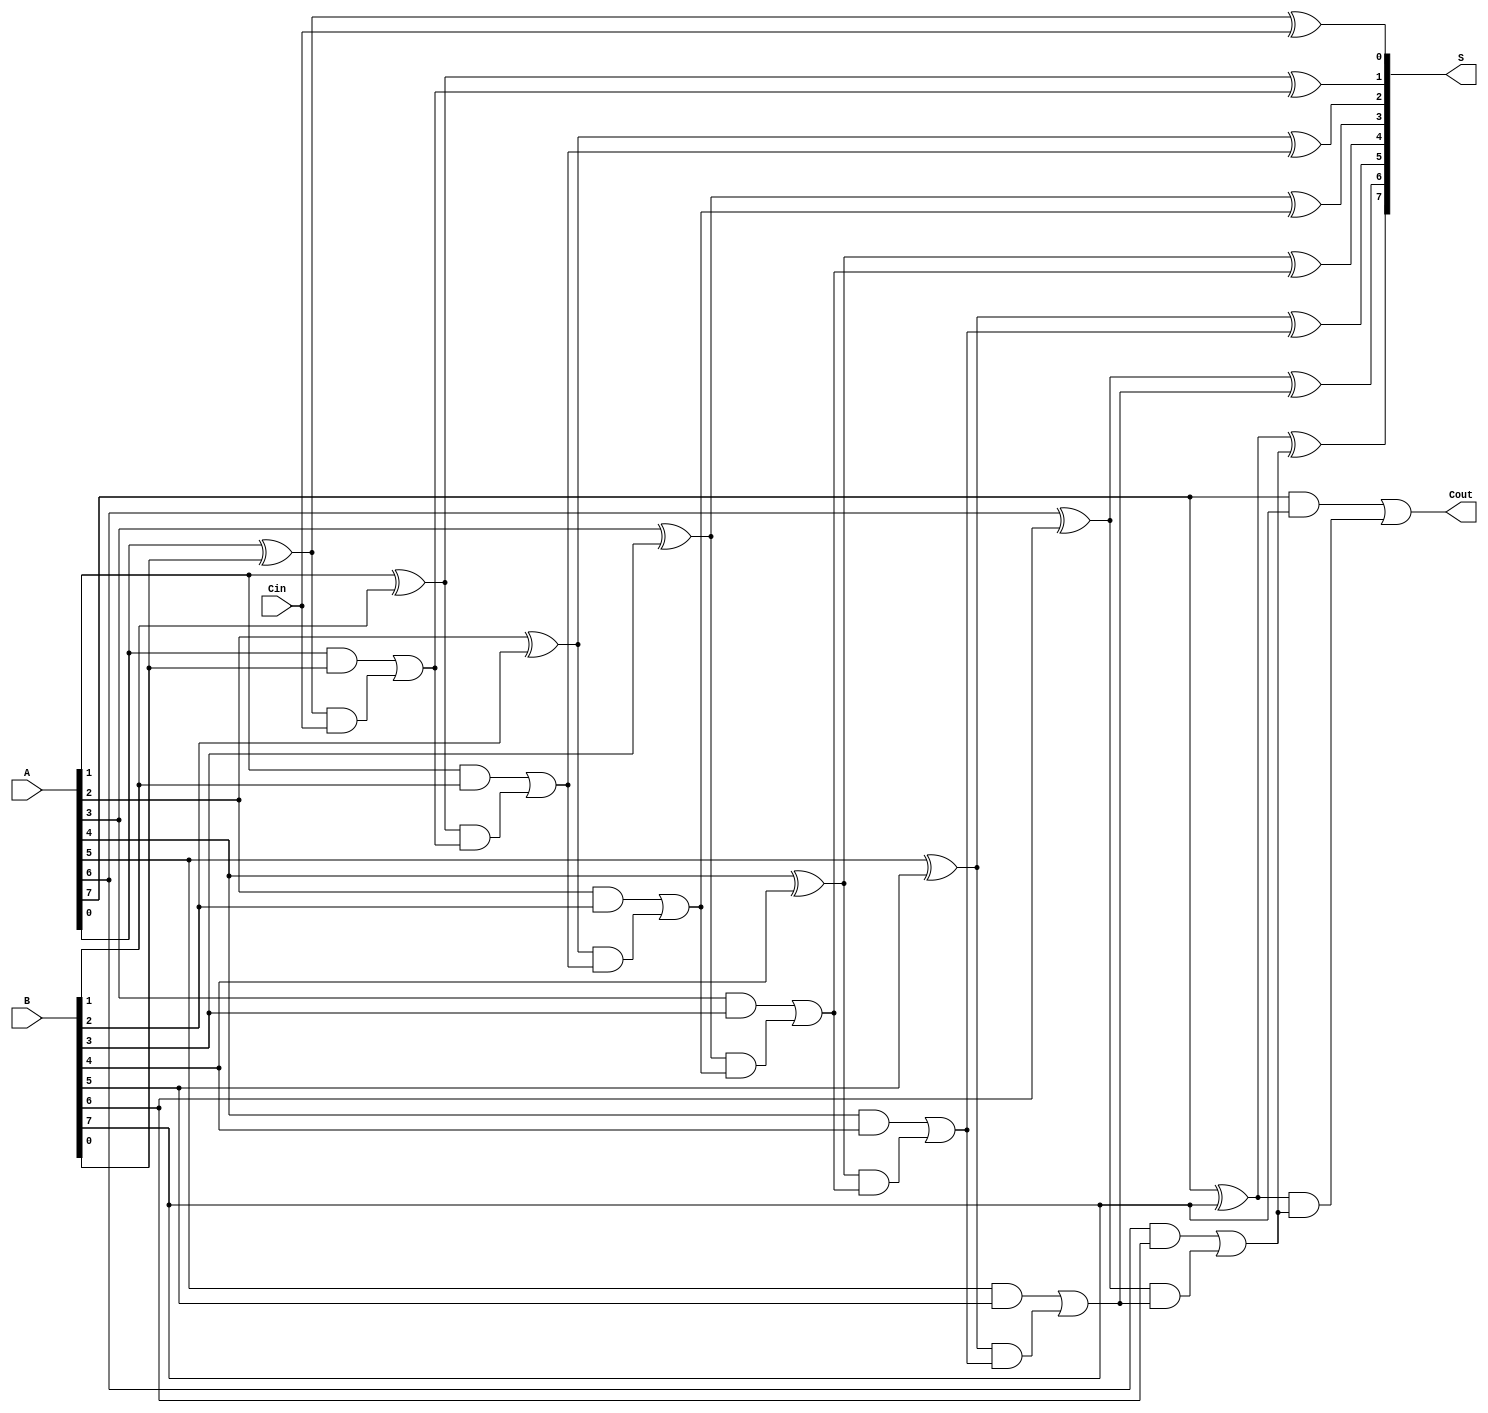
module brent_kung_adder #(parameter N = 8) (
    input  [N-1:0] A,        // First operand
    input  [N-1:0] B,        // Second operand
    input         Cin,       // Carry-in
    output [N-1:0] S,        // Sum output
    output        Cout       // Carry-out
);

    // Generate and propagate signals
    wire [N-1:0] G; // Generate
    wire [N-1:0] P; // Propagate
    wire [N:0] C;   // Carry bits

    // Generate and propagate calculation
    genvar i;
    generate
        for (i = 0; i < N; i = i + 1) begin: gp_calc
            assign G[i] = A[i] & B[i];
            assign P[i] = A[i] ^ B[i];
        end
    endgenerate

    // Carry generation using Brent-Kung method
    assign C[0] = Cin;
    assign C[1] = G[0] | (P[0] & C[0]);

    // Level 1 calculations
    generate
        for (i = 1; i < N; i = i + 1) begin: carry_level_1
            assign C[i + 1] = G[i] | (P[i] & C[i]);
        end
    endgenerate

    // Carry propagation for higher levels
    wire [N:0] C1, C2, C3;

    // Level 2 calculations
    assign C1[0] = C[0];
    assign C1[1] = C[1];
    assign C1[2] = G[1] | (P[1] & C1[1]);
    assign C1[3] = G[2] | (P[2] & C1[2]);

    // Level 3 calculations
    assign C2[0] = C1[0];
    assign C2[1] = C1[1];
    assign C2[2] = C1[2];
    assign C2[3] = C1[3];
    assign C2[4] = G[3] | (P[3] & C2[3]);

    // Final carry-out
    assign Cout = C[N];

    // Sum calculation
    generate
        for (i = 0; i < N; i = i + 1) begin: sum_calc
            assign S[i] = P[i] ^ C[i];
        end
    endgenerate

endmodule